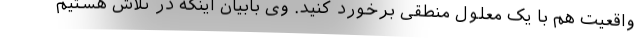
واقعیت هم با یک معلول منطقی برخورد کنید. وی بابیان اینکه در تلاش هستیم